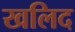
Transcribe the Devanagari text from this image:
खलिद